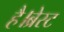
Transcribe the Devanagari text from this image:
है।ब्रेस्ट